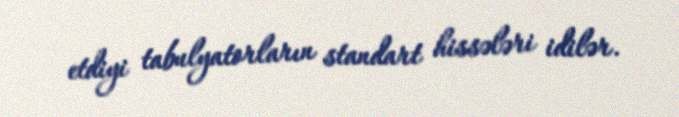
etdiyi tabulyatorların standart hissələri idilər.